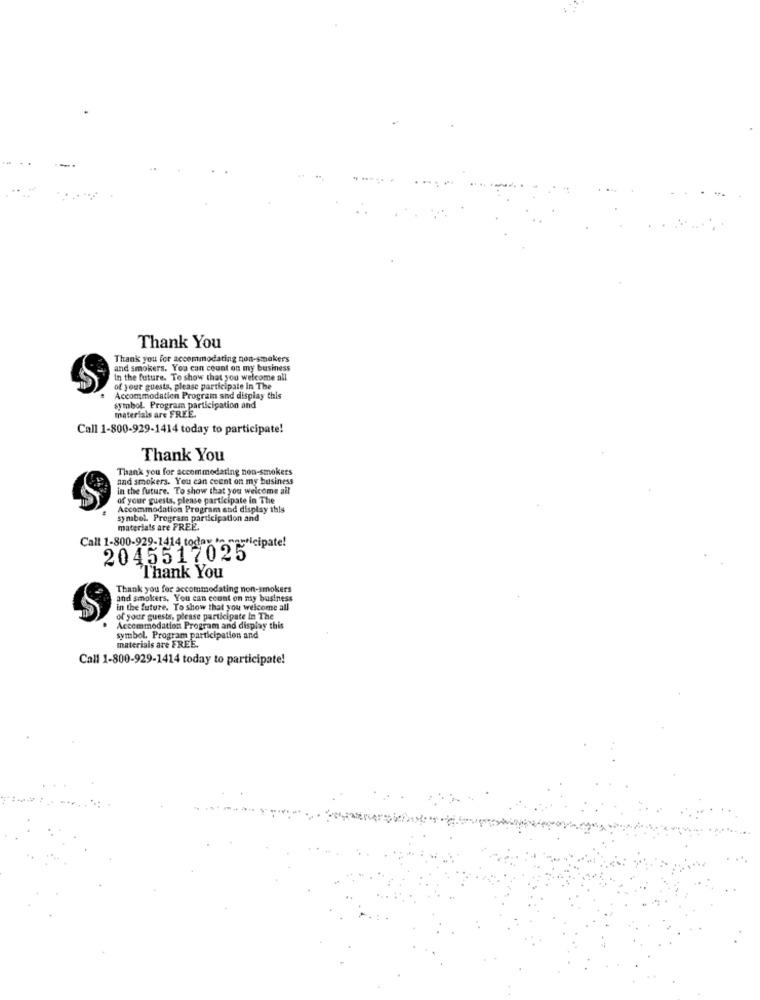
Thank You
Thank you for accommodating non-smokers
and smokers. You can count on my business
In the future. To show that you welcome all
of your guests, please participate in The
Accommodation Program and display this
symbol. Program participation and
materials are FREE.
Call 1-800-929-1414 today to participate!
Thank You
Thank you for accommodating non-smokers
and smokers. You can count on my business
in the future. To show that you welcome all
of your guests, please participate in The
Accommodation Program and display this
symbol. Program participation and
materials are FREE.
Call 1-800-929-1414 today in navticipate!
2045517025
Thank You
Thank you for accommodating non-smokers
and smokers, You can count on my business
in the future. To show that you welcome all
of your guests, please participate In The
Accommodation Program and display this
symbol. Program participation and
materials are FREE.
Call 1-800-929-1414 today to participate!